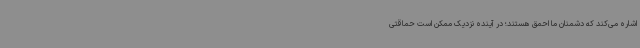
اشاره می‌کند که دشمنان ما احمق هستند؛ در آینده نزدیک ممکن است حماقتی